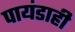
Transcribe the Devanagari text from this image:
पायंडाही